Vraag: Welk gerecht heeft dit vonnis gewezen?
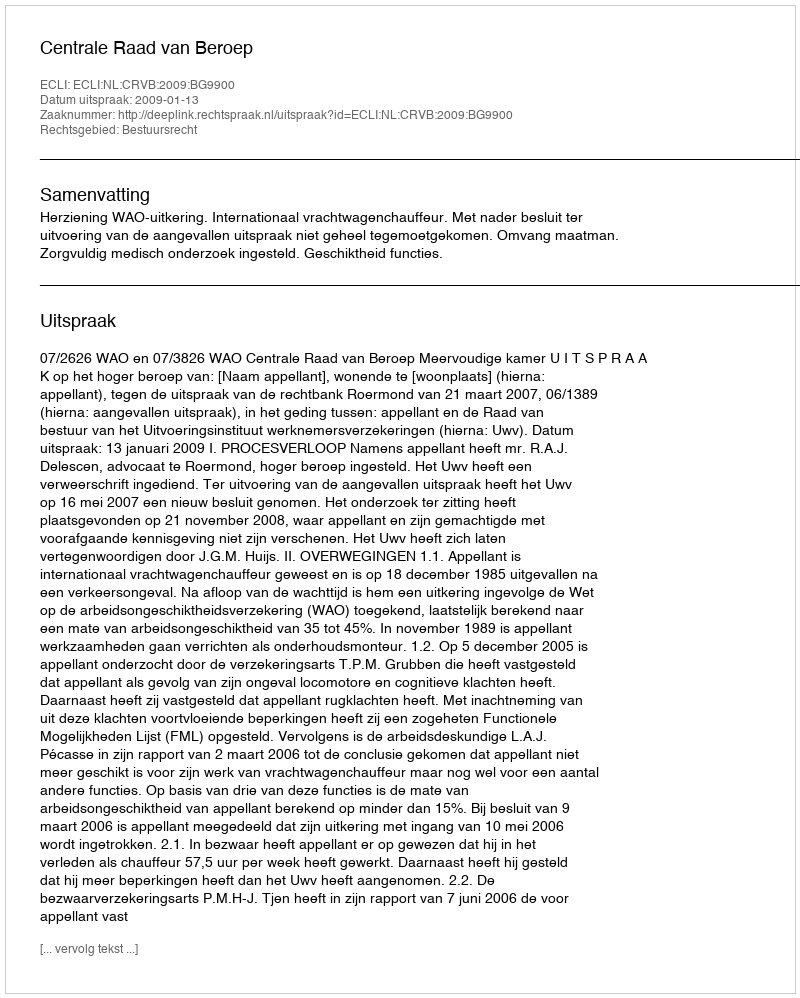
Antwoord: Centrale Raad van Beroep